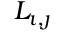
L _ { \imath , \jmath }